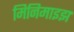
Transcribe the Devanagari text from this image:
मिनिमाइझ